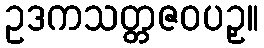
ဥဒကသတ္တဇဝပဥှ။